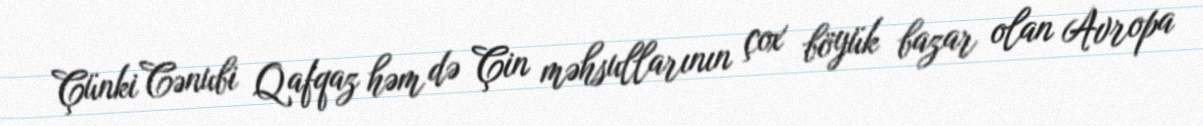
Çünki Cənubi Qafqaz həm də Çin məhsullarının çox böyük bazar olan Avropa